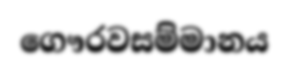
ගෞරවසම්මානය